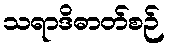
သရာဒိဓာတ်စဉ်